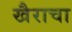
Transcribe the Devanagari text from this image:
खैराचा